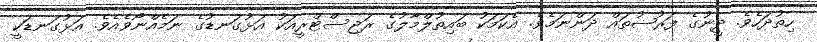
ހިތުދަހެވެ. ދީނުގެ ފަރުޟުތައް ދަންނަމެވެ. އެކަމަކު ބައިތުލްމާލުގެ ރަޖިސްޓްރީއަކު އަޅުގަނޑުގެ ނަމެއްނޯވެއެވެ. އަޅުގަނޑަކީ